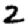
Digit: 2